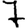
Digit: 7